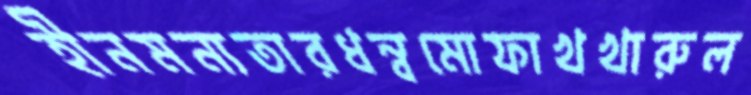
হীনমন্যতারধন্বমোফাখখারুল